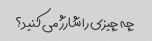
چه چیزی را شارژ می کنید؟